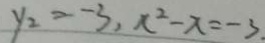
y _ { 2 } = - 3 , x ^ { 2 } - x = - 3 .